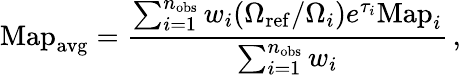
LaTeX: \mathrm{Map}_{\mathrm{avg}}=\frac{\sum_{i=1}^{n_{\mathrm{obs}}}w_{i}(\Omega_{\mathrm{ref}}/\Omega_{i})e^{\tau_{i}}\mathrm{Map}_{i}}{\sum_{i=1}^{n_{\mathrm{obs}}}w_{i}}\, ,